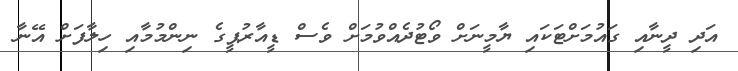
އަދި ދީނާއި ގައުމަށްޓަކައި ޔާމީނަށް ވޯޓުދެއްވުމަށް ވެސް ޑީއާރުޕީގެ ނިންމުމާއި ހިލާފަށް އޭނާ